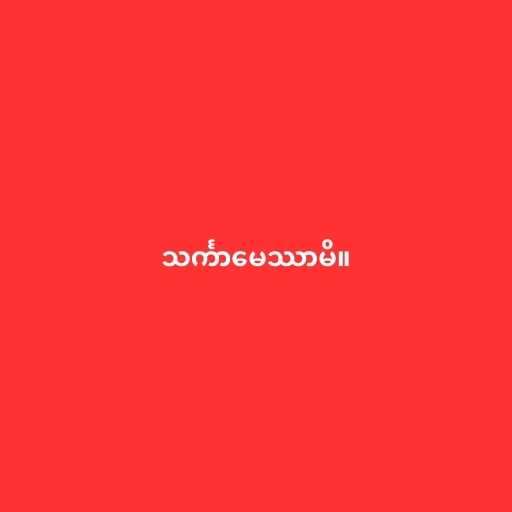
သင်္ကာမေဿာမိ။